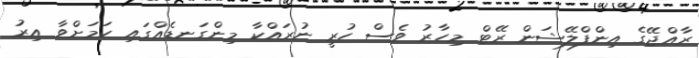
ރާއްޖޭގެ އިންފްލޭޝަން ރޭޓް މިހާރު ވެސް ހުރީ ނުރައްކާ މިންގަނޑެއްގައި ކަމަށްވާ އިރު